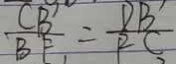
\frac { C B } { B F } = \frac { D B } { P C }